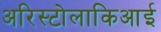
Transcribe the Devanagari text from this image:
अरिस्टोलाकिआई